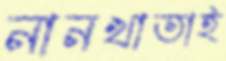
নানখাতাই